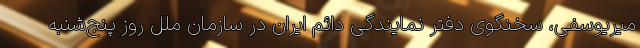
میریوسفی، سخنگوی دفتر نمایندگی دائم ایران در سازمان ملل روز پنج‌شنبه